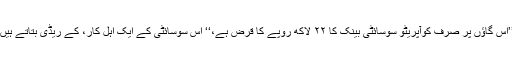
’’اس گاؤں پر صرف کوآپریٹو سوسائٹی بینک کا ۲۲ لاکھ روپے کا قرض ہے،‘‘ اس سوسائٹی کے ایک اہل کار، کے ریڈی بتاتے ہیں۔